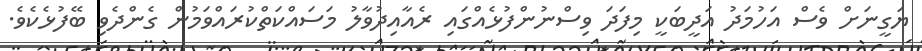
ޔަގީނަށް ވެސް އަހުމަދު އަދީބަކީ މިފަދަ ވިސްނުންފުޅެއްގައި ރެއާއިދުވާލު މަސައްކަތްކުރައްވަމުން ގެންދެވި ބޭފުޅެކެވެ.